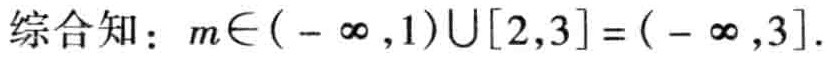
综合知：\(m\in(-\infty,1)\cup[2,3]=(-\infty,3]\)